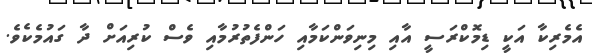
އެމެރިކާ އަކީ ޑިމޮކްރަސީ އާއި މިނިވަންކަމާއި ހަންފެތުރުމާއި ވެސް ކުރިއަށް ދާ ގައުމެކެވެ.